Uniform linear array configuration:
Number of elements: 16
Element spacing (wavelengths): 0.25
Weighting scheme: hann
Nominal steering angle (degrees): -45
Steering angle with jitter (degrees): -43.567
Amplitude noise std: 0.05
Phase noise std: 0.05

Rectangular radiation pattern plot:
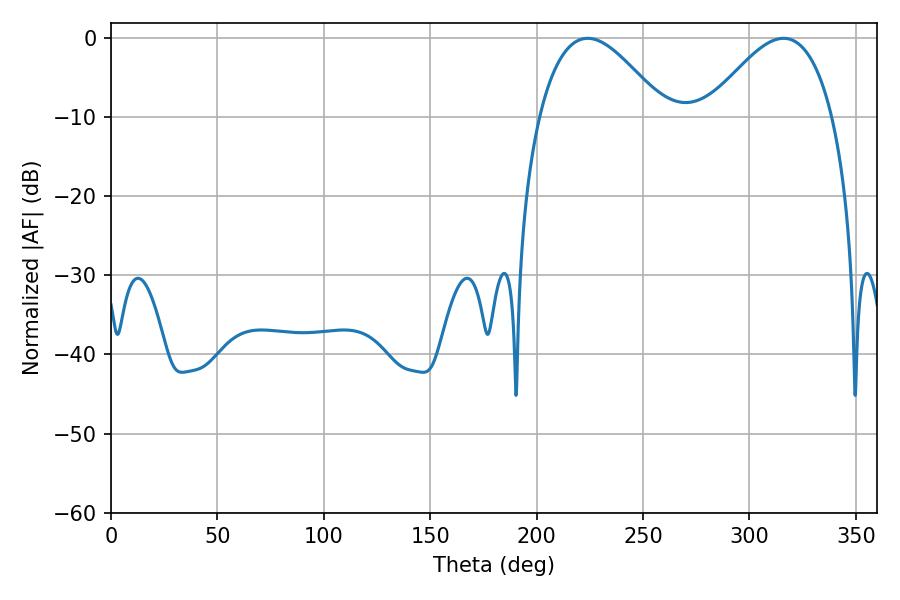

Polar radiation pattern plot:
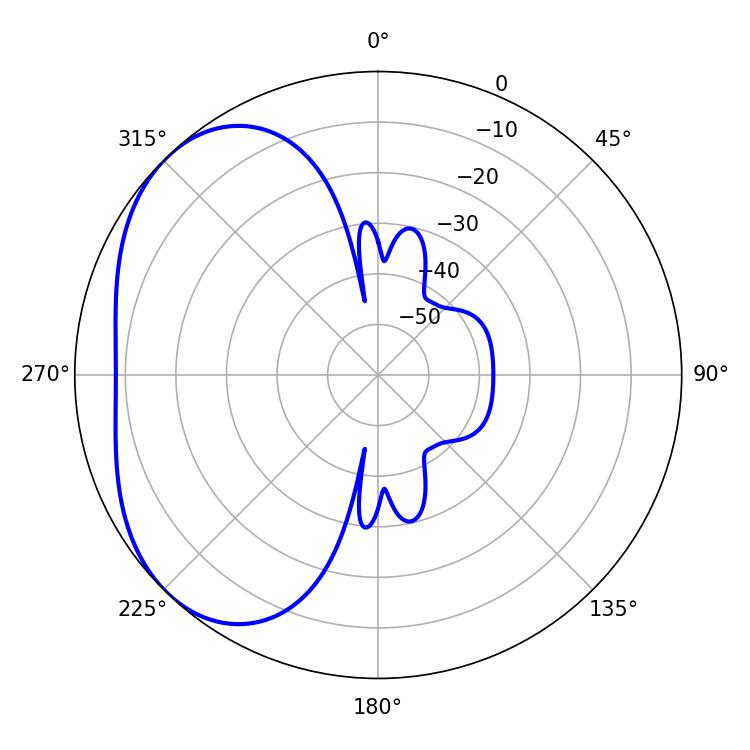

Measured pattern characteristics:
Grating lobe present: FALSE
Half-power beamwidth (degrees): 31.86
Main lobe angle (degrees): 223.92